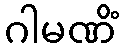
ဂါမဏိံ